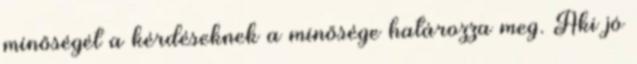
minőségét a kérdéseknek a minősége határozza meg. Aki jó